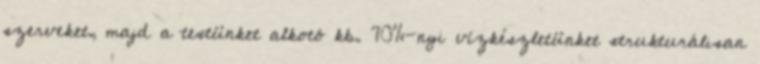
szerveket, majd a testünket alkotó kb. 70%-nyi vízkészletünket strukturálisan